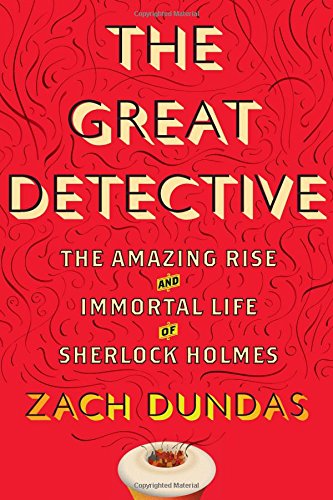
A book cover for The Great Detective: The Amazing Rise and Immortal Life of Sherlock Holmes; Zach Dundas; Mystery, Thriller & Suspense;